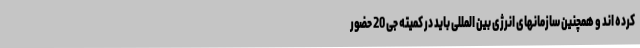
کرده اند و همچنین سازمانهای انرژی بین المللی باید در کمیته جی 20 حضور